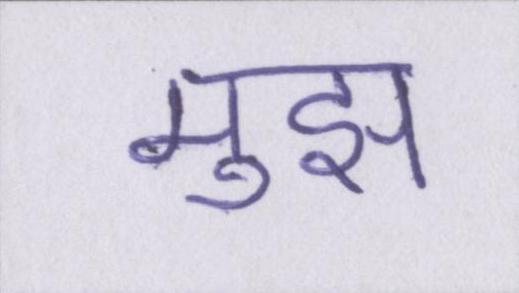
मुझ